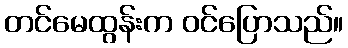
တင်မေထွန်းက ဝင်ပြောသည်။